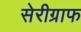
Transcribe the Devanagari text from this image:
सेरीग्राफ